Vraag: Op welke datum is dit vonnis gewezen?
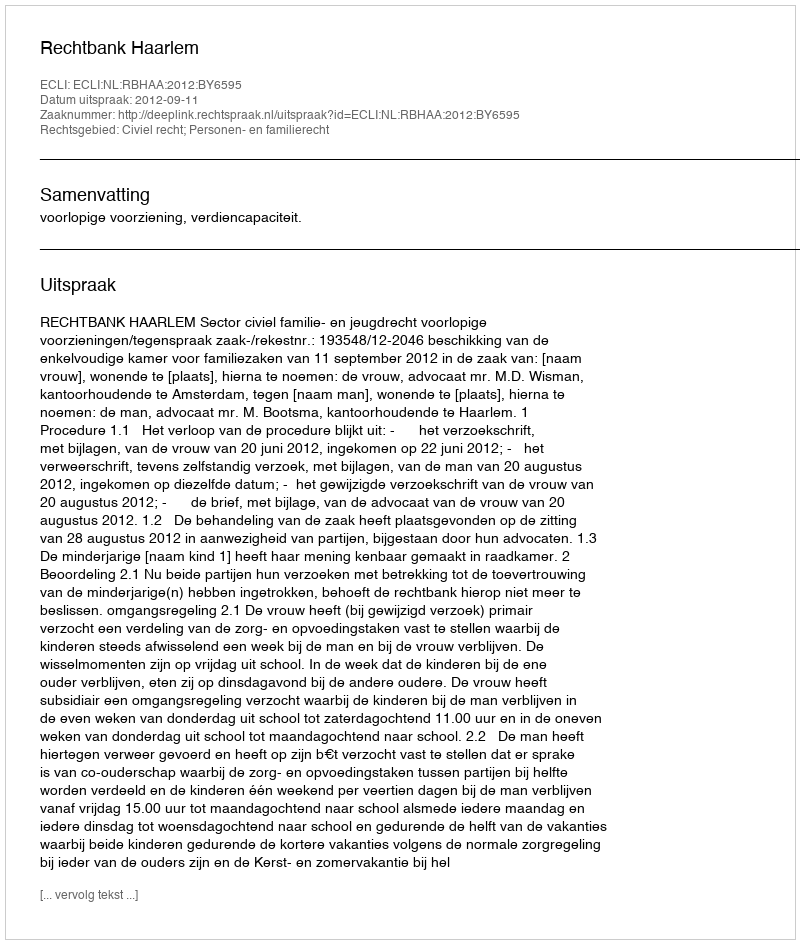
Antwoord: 2012-09-11